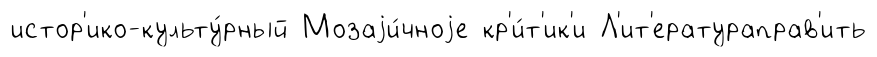
истор'ико-культу́рный Мозаjи́чноjе кр'и́т'ик'и Л'ит'ератураправ'ить